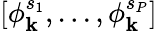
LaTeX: [\phi_{\mathbf{k}}^{s_{1}},...,\phi_{\mathbf{k}}^{s_{P}}]